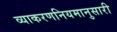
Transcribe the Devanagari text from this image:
व्याकरणनियमानुसारी